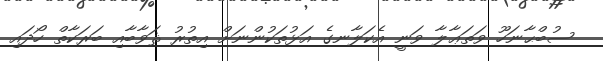
ސުބްޙާނަހޫ ވަތަޢާލާ ވަނީ އެކަލާނގެ އަޅުތަކުންނަށް އިތުރު ޘަވާބާއި ބަރަކާތް ހޯދައި